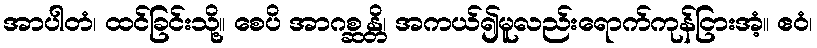
အာပါတံ၊ ထင်ခြင်းသို့။ စေပိ အာဂစ္ဆန္တိ၊ အကယ်၍မူလည်းရောက်ကုန်ငြားအံ့။ ဧဝံ၊